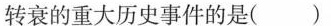
转衰的重大历史事件的是()